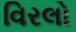
વિરલો